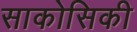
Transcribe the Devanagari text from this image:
साकोसिकी